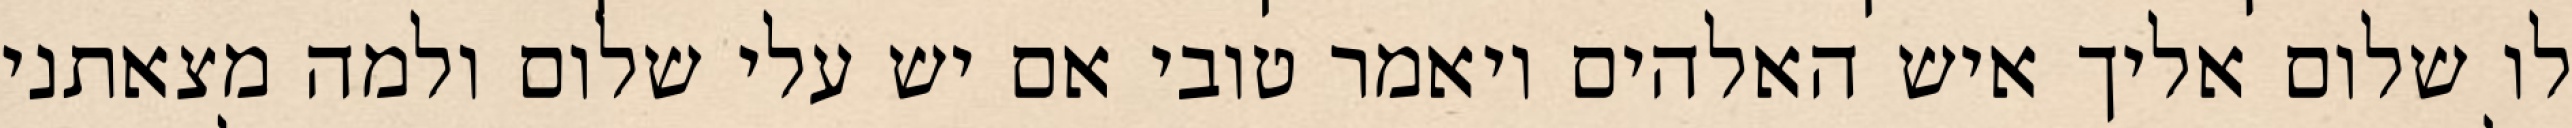
לו שלום אליך איש האלהים ויאמר טובי אם יש עלי שלום ולמה מצאתני